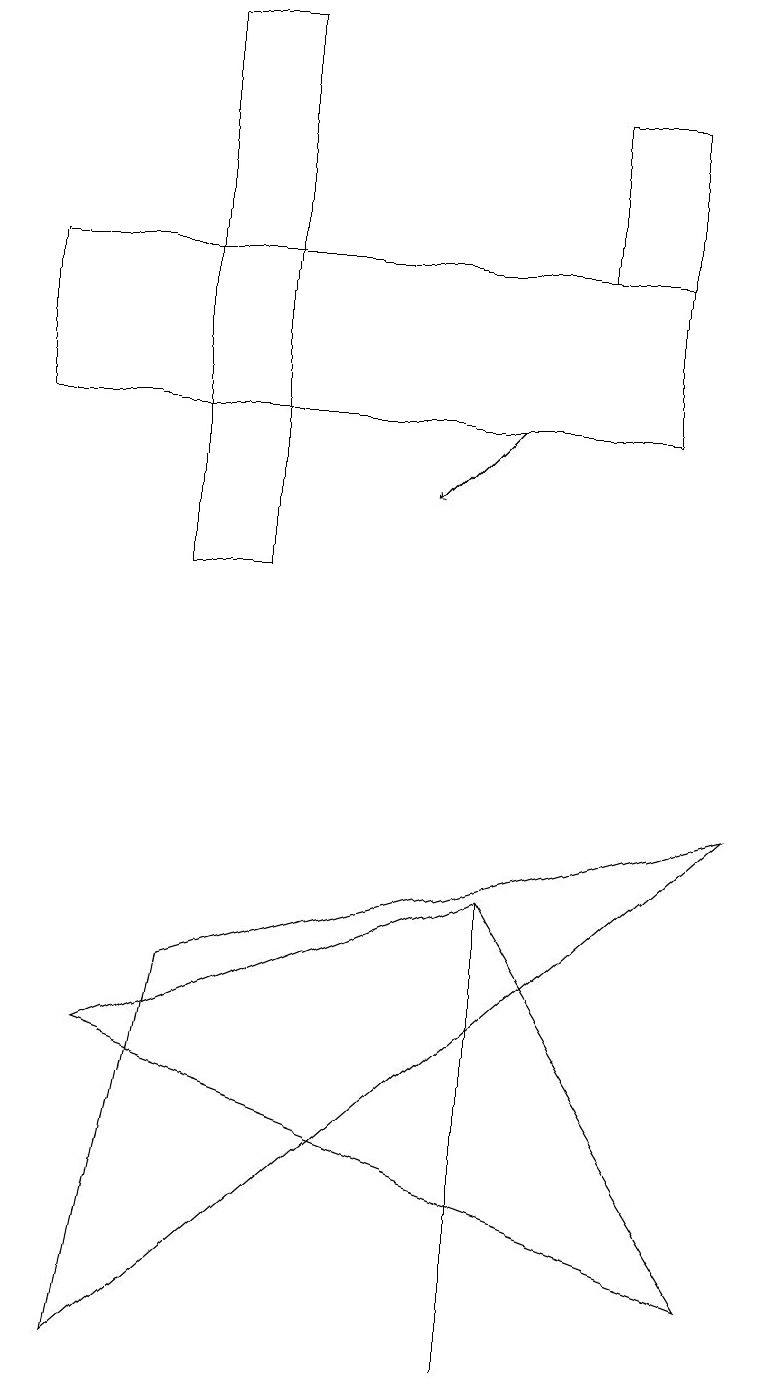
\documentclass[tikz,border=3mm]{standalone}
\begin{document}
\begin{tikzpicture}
\draw (9,3) -- (1,6) -- (6,8) -- cycle;
\draw (2,19) rectangle (3,12);
\draw (8,18) rectangle (7,16);
\draw (6,8) -- (6,8) -- (6,2) -- cycle;
\draw[->] (6,14) -- (5,13);
\draw (0,14) rectangle (8,16);
\draw (9,9) -- (1,2) -- (2,7) -- cycle;
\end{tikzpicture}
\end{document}